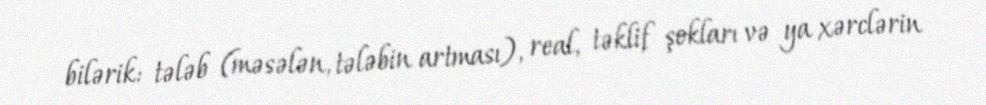
bilərik: tələb (məsələn, tələbin artması), real, təklif şokları və ya xərclərin